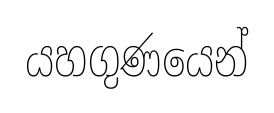
යහගුණයෙන්